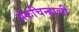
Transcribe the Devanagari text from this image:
अंकचिन्हाची